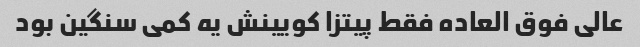
عالی فوق العاده فقط پیتزا کویینش یه کمی سنگین بود